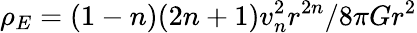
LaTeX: \rho_{E}=(1-n)(2n+1)v_{n}^{2}r^{2n}/8\pi Gr^{2}